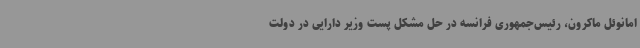
امانوئل ماکرون، رئیس‌جمهوری فرانسه در حل مشکل پست وزیر دارایی در دولت